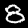
Digit: 8